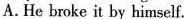
A.He broke it by hi mselr